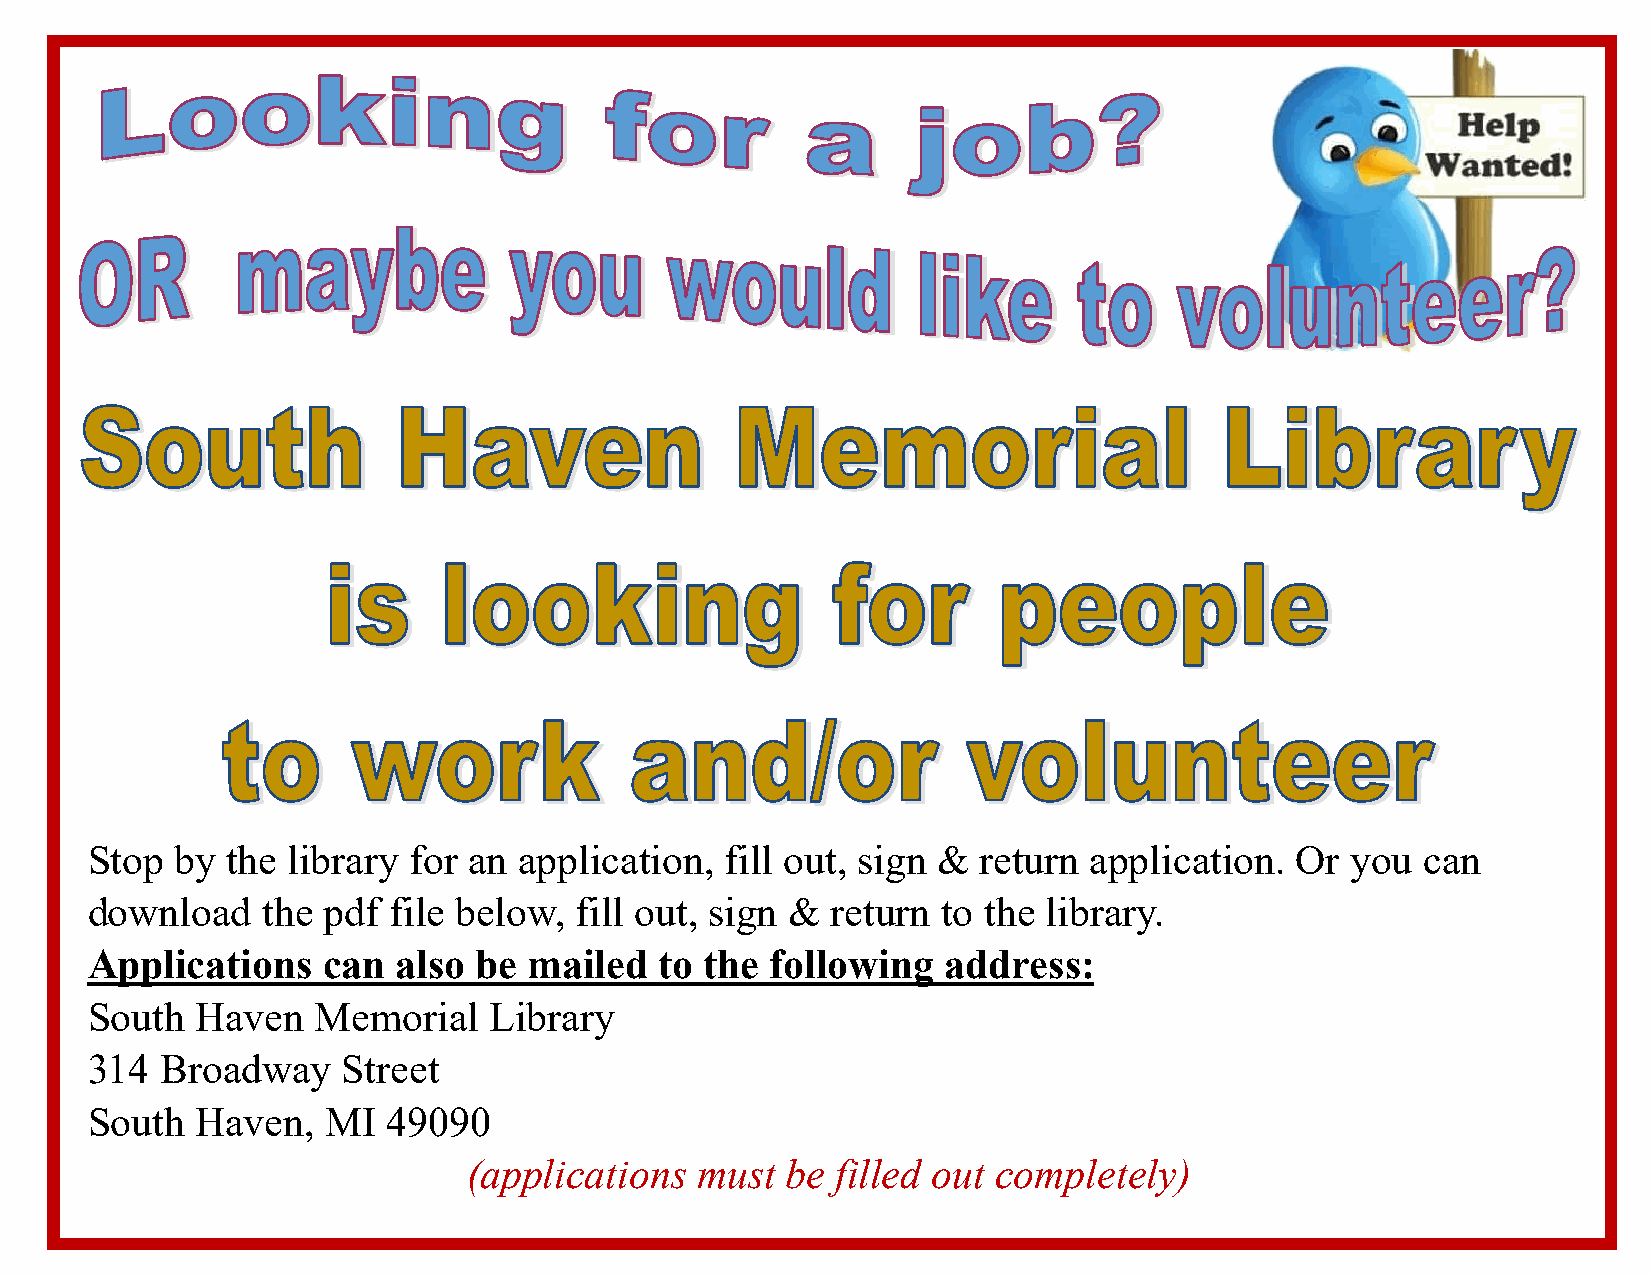
Stop  by the library for an application,  fill out, sign & return application.  Or you  can
 download   the pdf  file below, fill out, sign & return to the library.
 Applications   can  also be  mailed   to the following   address:
 South  Haven   Memorial   Library
 314  Broadway    Street
 South  Haven,   MI  49090
 (applications  must  be filled out completely)